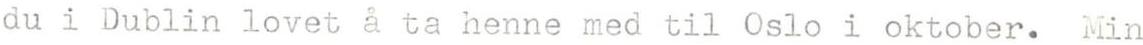
du i Dublin lovet å ta henne med til Oslo i oktober. Min